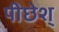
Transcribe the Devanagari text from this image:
पीछेश्